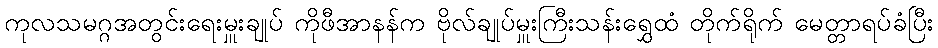
ကုလသမဂ္ဂအတွင်းရေးမှူးချုပ် ကိုဖီအာနန်က ဗိုလ်ချုပ်မှူးကြီးသန်းရွှေထံ တိုက်ရိုက် မေတ္တာရပ်ခံပြီး